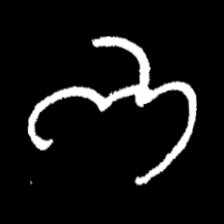
Pyu character \u2014 Myanmar letter: ဘ (romanized: bha)